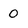
Character: 0